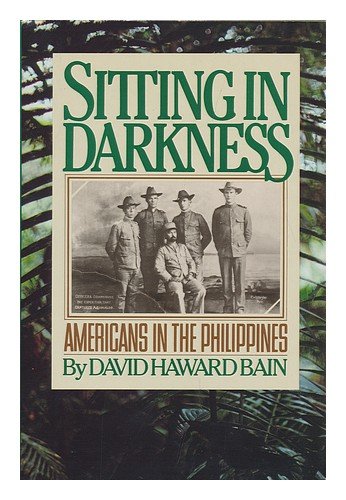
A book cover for Sitting in Darkness: Americans in the Philippines; David Haward Bain; History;